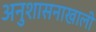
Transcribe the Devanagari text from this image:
अनुशासनाखाली